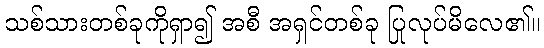
သစ်သားတစ်ခုကိုရှာ၍ အစီ အရှင်တစ်ခု ပြုလုပ်မိလေ၏။